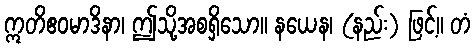
ဣတိဧဝမာဒိနာ၊ ဤသို့အစရှိသော။ နယေန၊ (နည်း) ဖြင့်။ တံ